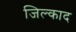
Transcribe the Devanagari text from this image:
जिल्काद